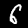
Label: 6